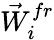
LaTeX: {\vec{W}}_{i}^{fr}